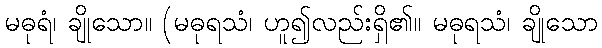
မဓုရံ၊ ချိုသော။ (မဓုရသံ၊ ဟူ၍လည်းရှိ၏။ မဓုရသံ၊ ချိုသော